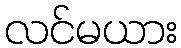
လင်မယား